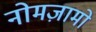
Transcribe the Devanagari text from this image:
नोमज़ामो